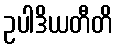
ဥပါဒိယတီတိ